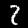
Label: 2